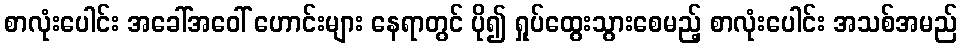
စာလုံးပေါင်း အခေါ်အဝေါ် ဟောင်းများ နေရာတွင် ပို၍ ရှုပ်ထွေးသွားစေမည့် စာလုံးပေါင်း အသစ်အမည်